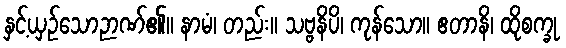
နှင့်ယှဉ်သောဉာဏ်၏။ နာမံ၊ တည်း။ သဗ္ဗနိပိ၊ ကုန်သော။ ဧတာနိ၊ ထိုစက္ခု